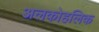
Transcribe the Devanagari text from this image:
अलकोहलिक